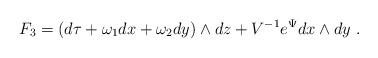
LaTeX: \begin{align*}F_{3} = (d \tau + {\omega}_{1} dx + {\omega}_{2} dy) \wedge dz +V^{-1} e^{\Psi} dx \wedge dy ~ .\end{align*}